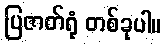
ပြဇာတ်ရုံ တစ်ခုပါ။